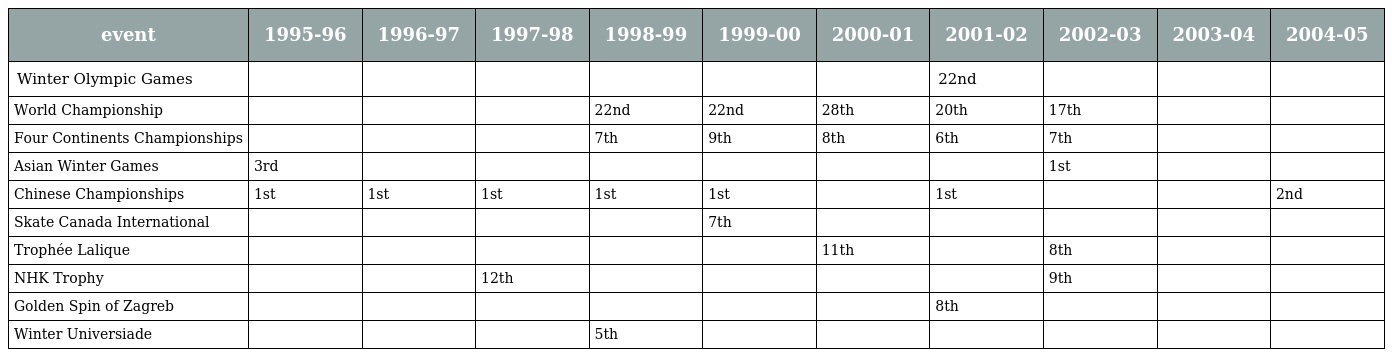
| event | 1995-96 | 1996-97 | 1997-98 | 1998-99 | 1999-00 | 2000-01 | 2001-02 | 2002-03 | 2003-04 | 2004-05 |
 | --- | --- | --- | --- | --- | --- | --- | --- | --- | --- | --- |
 | Winter Olympic Games |  |  |  |  |  |  | 22nd |  |  |  |
 | World Championship |  |  |  | 22nd | 22nd | 28th | 20th | 17th |  |  |
 | Four Continents Championships |  |  |  | 7th | 9th | 8th | 6th | 7th |  |  |
 | Asian Winter Games | 3rd |  |  |  |  |  |  | 1st |  |  |
 | Chinese Championships | 1st | 1st | 1st | 1st | 1st |  | 1st |  |  | 2nd |
 | Skate Canada International |  |  |  |  | 7th |  |  |  |  |  |
 | Trophée Lalique |  |  |  |  |  | 11th |  | 8th |  |  |
 | NHK Trophy |  |  | 12th |  |  |  |  | 9th |  |  |
 | Golden Spin of Zagreb |  |  |  |  |  |  | 8th |  |  |  |
 | Winter Universiade |  |  |  | 5th |  |  |  |  |  |  |